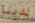
لدينا